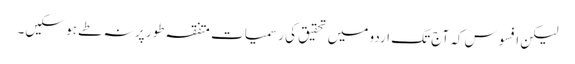
لیکن افسوس کہ آج تک اردو میں تحقیق کی رسمیات متفقہ طور پر نہ طے ہو سکیں۔